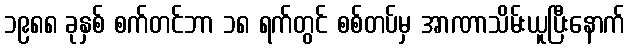
၁၉၈၈ ခုနှစ် စက်တင်ဘာ ၁၈ ရက်တွင် စစ်တပ်မှ အာဏာသိမ်းယူပြီးနောက်